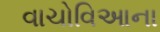
વાચોવિઆના